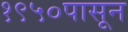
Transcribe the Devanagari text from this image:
१९५०पासून